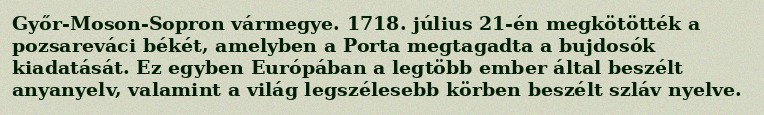
Győr-Moson-Sopron vármegye. 1718. július 21-én megkötötték a pozsareváci békét, amelyben a Porta megtagadta a bujdosók kiadatását. Ez egyben Európában a legtöbb ember által beszélt anyanyelv, valamint a világ legszélesebb körben beszélt szláv nyelve.